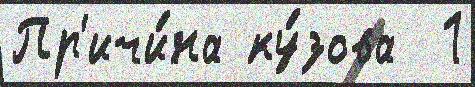
Пр'ичи́на ку́зова  1